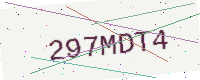
Text: 297MDT4